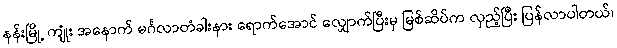
နန်းမြို့ ကျုံး အနောက် မင်္ဂလာတံခါးနား ရောက်အောင် လျှောက်ပြီးမှ မြစ်ဆိပ်က လှည့်ပြီး ပြန်လာပါတယ်၊